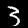
Digit: 3